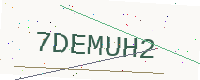
Text: 7DEMUH2